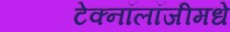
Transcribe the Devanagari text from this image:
टेक्नॉलॉजीमधे